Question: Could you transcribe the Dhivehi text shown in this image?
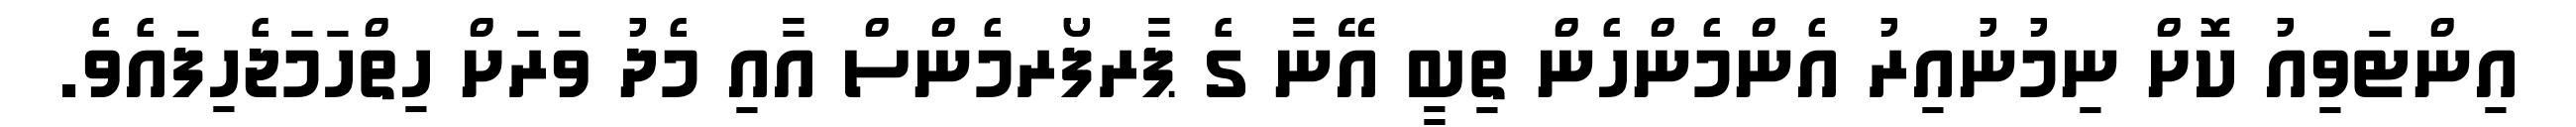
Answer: އިންޓަވިއު ކޮށް ނިމުނުއިރު އެންމެންހެން ތިބީ އޭނާ ގެ ޕާރފޯރމެންސް އާއި މެދު ވަރަށް ހިތްހަމަޖެހިފައެވެ.